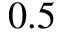
0 . 5